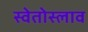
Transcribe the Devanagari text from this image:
स्वेतोस्लाव